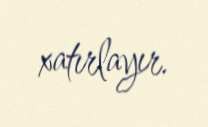
xatırlayır.